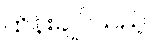
ထိန်းချုပ်သည့်